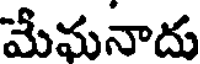
మేఘనాదు